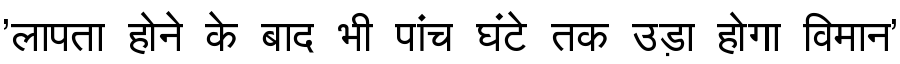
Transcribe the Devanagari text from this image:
'लापता होने के बाद भी पांच घंटे तक उड़ा होगा विमान'